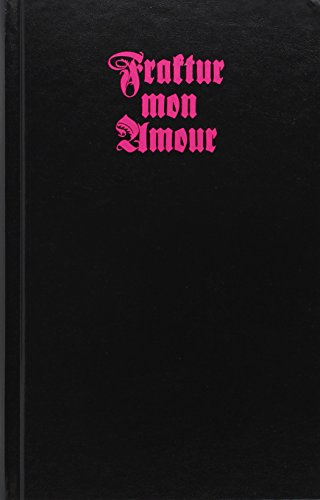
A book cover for Fraktur Mon Amour; Judith Schalansky; Arts & Photography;